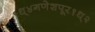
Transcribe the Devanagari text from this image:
१ध्४गणेशपूर१ध्२